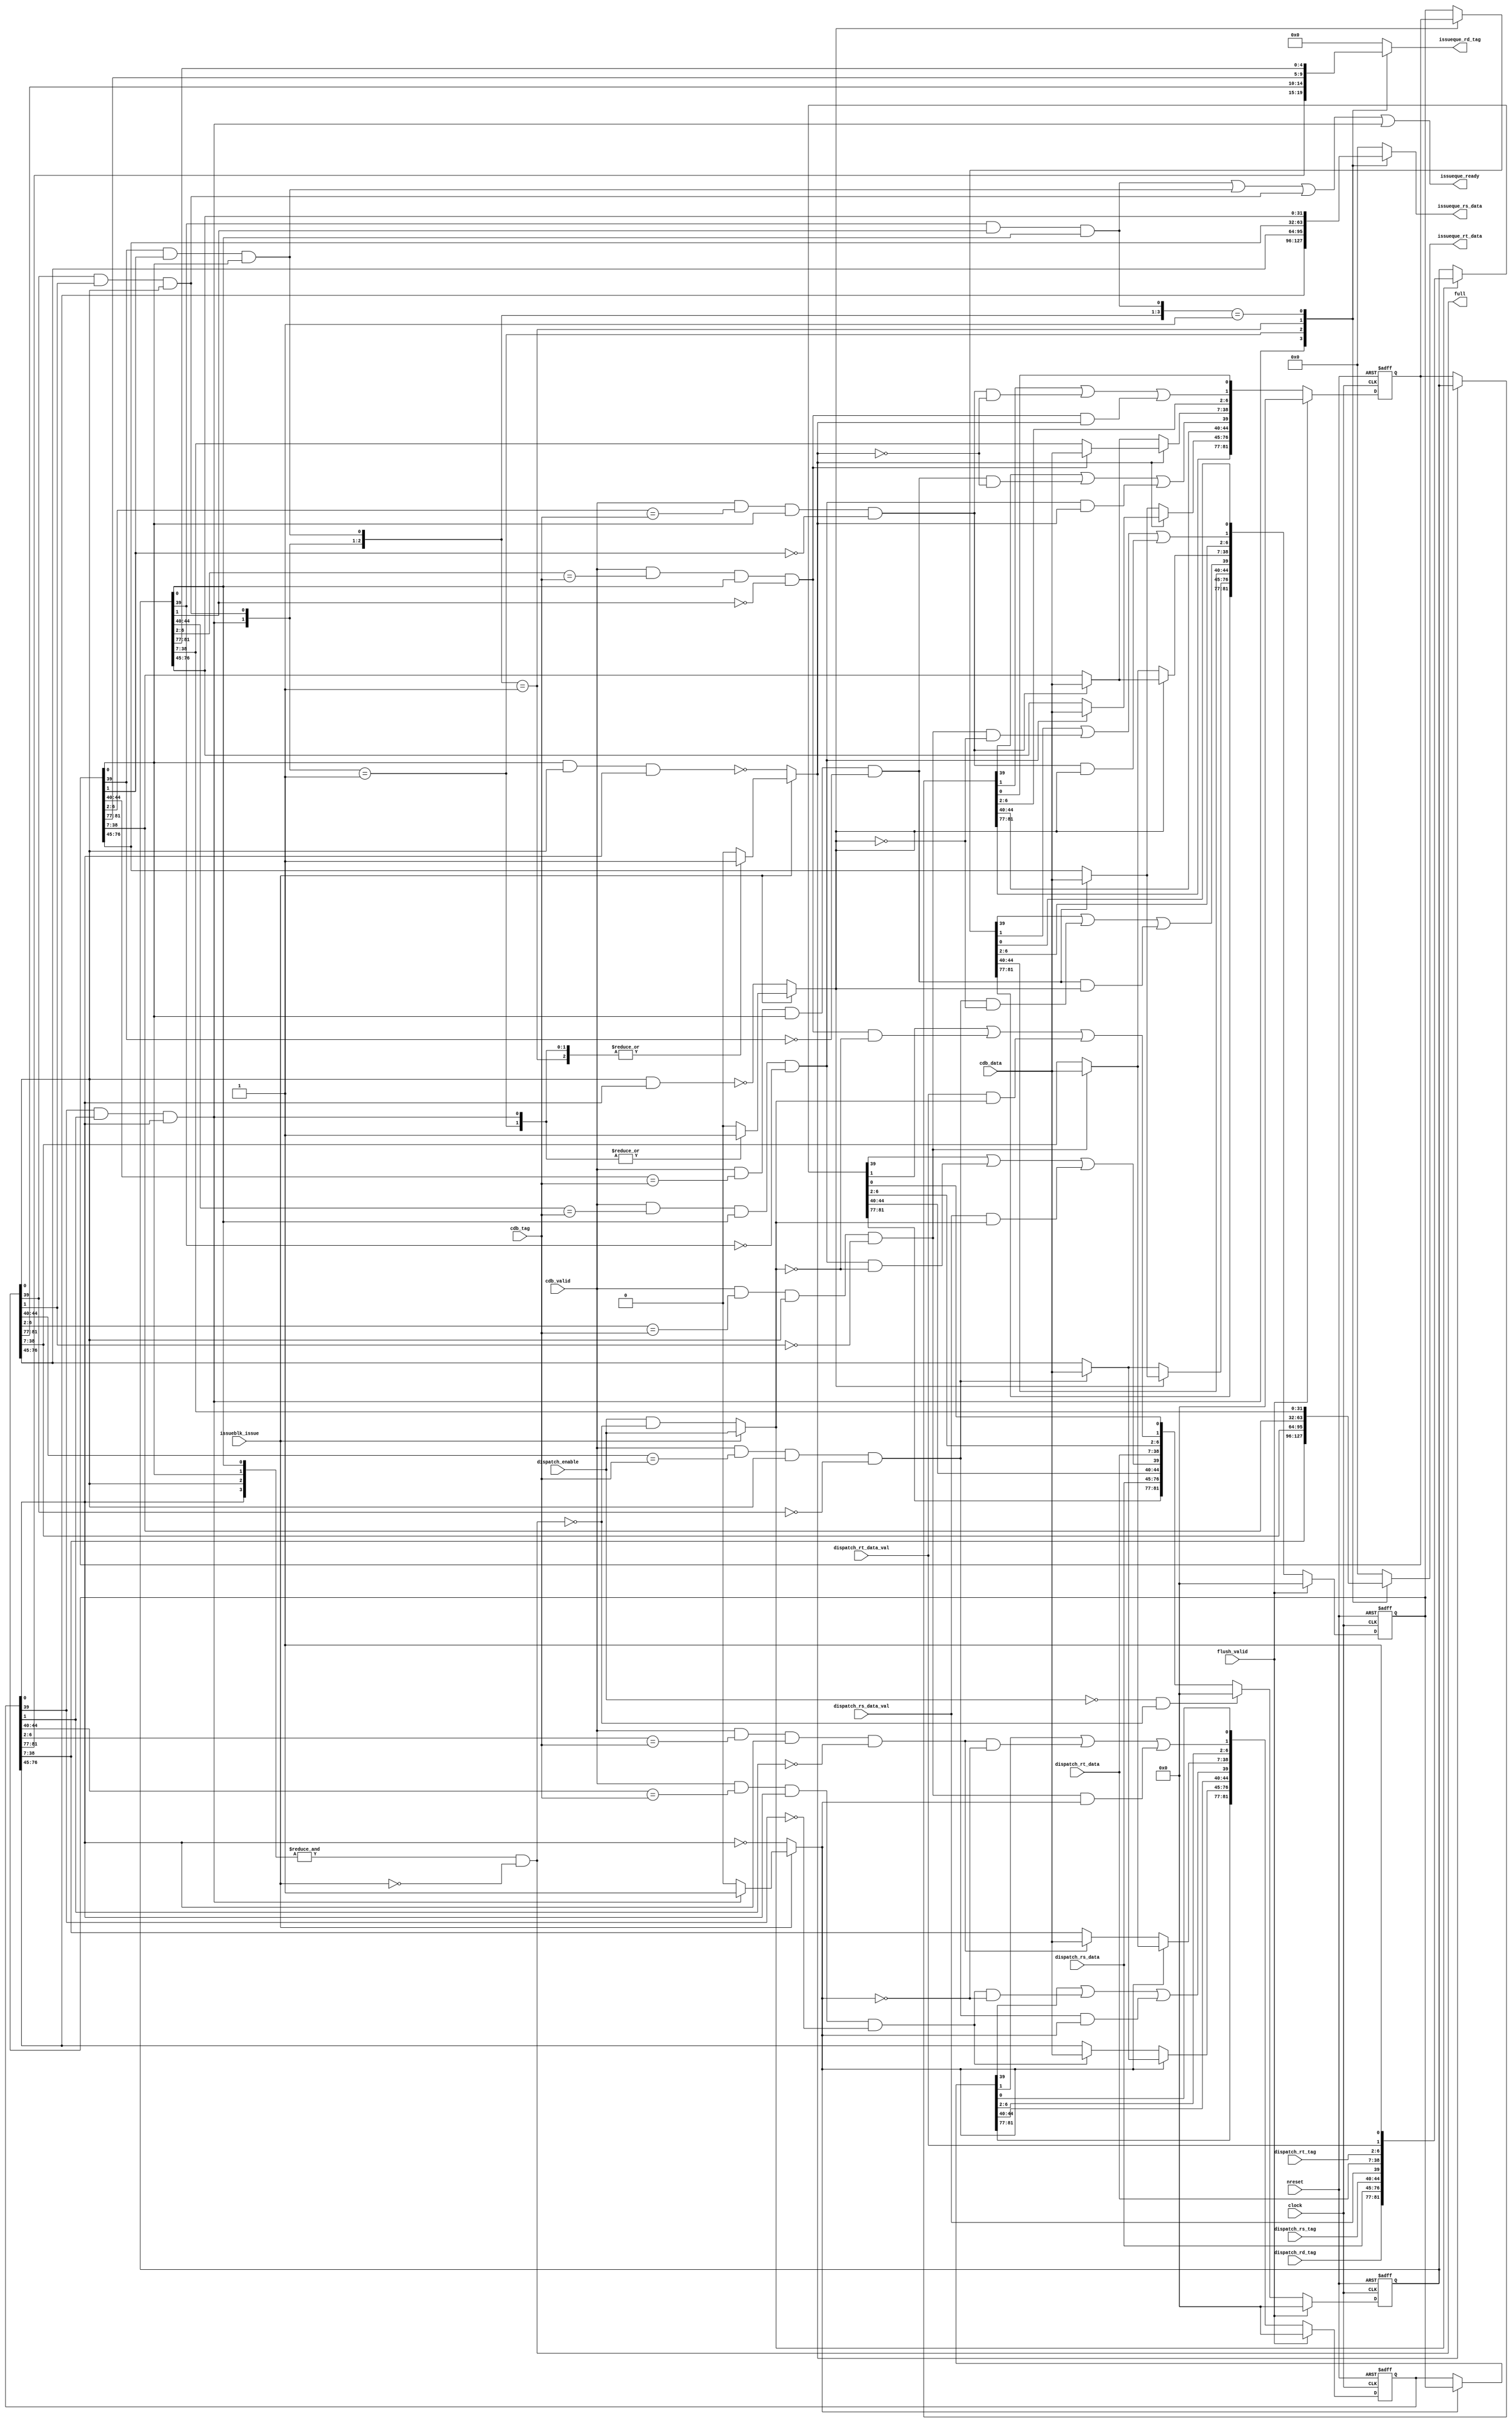
//
//-------------------------------------------------------------------------------------------------
//-------------------------------------------------------------------------------------------------
// modification history
// author          date        description
// ialvarado       2012-03-30  creation
//-------------------------------------------------------------------------------------------------

//-------------------------------------------------------------------------------------------------
//
// MODULE: multiplication_queue
//
//-------------------------------------------------------------------------------------------------
module multiplication_queue (
  clock,
  nreset,
  dispatch_enable,
  dispatch_rd_tag,
  dispatch_rs_data,
  dispatch_rs_tag,
  dispatch_rs_data_val,
  dispatch_rt_data,
  dispatch_rt_tag,
  dispatch_rt_data_val,
  full,
  cdb_valid,
  cdb_tag,
  cdb_data,
  issueblk_issue,
  issueque_ready,
  issueque_rs_data,
  issueque_rt_data,
  issueque_rd_tag,
  flush_valid
);

  //-----------------------------------------------------------------------------------------------
  //
  // Parameters
  //
  //-----------------------------------------------------------------------------------------------

  //-----------------------------------------------------------------------------------------------
  //
  // Interfaces
  //
  //-----------------------------------------------------------------------------------------------
  input clock;
  input nreset;

  //-------------------------------------------------------------------------------------------------
  // Dispatch interface
  //-------------------------------------------------------------------------------------------------
  input             dispatch_enable;
  input      [ 4:0] dispatch_rd_tag;
  input      [31:0] dispatch_rs_data;
  input      [ 4:0] dispatch_rs_tag;
  input             dispatch_rs_data_val;
  input      [31:0] dispatch_rt_data;
  input      [ 4:0] dispatch_rt_tag;
  input             dispatch_rt_data_val;

  output reg        full;

  //-------------------------------------------------------------------------------------------------
  // CDB interface
  //-------------------------------------------------------------------------------------------------
  input             cdb_valid;
  input      [ 4:0] cdb_tag;
  input      [31:0] cdb_data;

  //-------------------------------------------------------------------------------------------------
  // Issue unit interface
  //-------------------------------------------------------------------------------------------------
  input             issueblk_issue;
  output reg        issueque_ready;
  output reg [31:0] issueque_rs_data;
  output reg [31:0] issueque_rt_data;
  output reg [ 4:0] issueque_rd_tag;

  //-------------------------------------------------------------------------------------------------
  // ROB interface
  //-------------------------------------------------------------------------------------------------
  input             flush_valid;

  //-----------------------------------------------------------------------------------------------
  //
  // Internal signals
  //
  //-----------------------------------------------------------------------------------------------
  integer i;
  genvar n;

  //-----------------------------------------------------------------------------------------------
  // Variables
  //-----------------------------------------------------------------------------------------------
  reg [5+32+5+1+32+5+1+1-1:0] shft_regs [0:3];
  reg [5+32+5+1+32+5+1+1-1:0] cmpt_data [0:3];
  reg [5+32+5+1+32+5+1+1-1:0] shft_data [0:3];
  reg [5+32+5+1+32+5+1+1-1:0] shup_data [0:3];
  reg [31:0] updt_rs_data [0:3];
  reg [31:0] updt_rt_data [0:3];

  reg  [ 3:0] ctrl_shf;
  reg  clear_entry;

  wire [ 3:0] rs_match;
  wire [ 3:0] rt_match;
  wire [ 3:0] rs_data_val;
  wire [ 3:0] rt_data_val;
  wire [ 3:0] entry_valid;
  wire [ 3:0] entry_ready;
  wire [ 4:0] rd_tag[3:0];
  wire [31:0] rs_data[3:0];
  wire [31:0] rt_data[3:0];

  //-----------------------------------------------------------------------------------------------
  //
  // Combinational logic
  //
  //-----------------------------------------------------------------------------------------------

  //-----------------------------------------------------------------------------------------------
  // Internal logic
  //-----------------------------------------------------------------------------------------------
  generate
    for(n = 0; n < 4; n = n + 1) begin:MULT
      assign rs_match[n]    = cdb_valid & (shft_regs[n][44:40] == cdb_tag) & shft_regs[n][0] & !shft_regs[n][39];
      assign rt_match[n]    = cdb_valid & (shft_regs[n][ 6: 2] == cdb_tag) & shft_regs[n][0] & !shft_regs[n][ 1];
      assign rs_data_val[n] = shft_regs[n][39];
      assign rt_data_val[n] = shft_regs[n][ 1];
      assign entry_valid[n] = shft_regs[n][ 0];
      assign entry_ready[n] = shft_regs[n][39] & shft_regs[n][ 1] & shft_regs[n][0];
      assign rd_tag[n]      = shft_regs[n][81:77];
      assign rs_data[n]     = shft_regs[n][76:45];
      assign rt_data[n]     = shft_regs[n][38: 7];
    end
  endgenerate

  //-----------------------------------------------------------------------------------------------
  // Continuous output assignments
  //-----------------------------------------------------------------------------------------------
  always @(*) begin
    issueque_ready =
      (entry_ready[0]) |
      (entry_ready[1]) |
      (entry_ready[2]) |
      (entry_ready[3]);

    full = (&entry_valid) & !issueblk_issue;

    casex (entry_ready)
    4'b1xxx: begin
      issueque_rs_data = rs_data[3];
      issueque_rt_data = rt_data[3];
      issueque_rd_tag  = rd_tag [3];
    end
    4'b01xx: begin
      issueque_rs_data = rs_data[2];
      issueque_rt_data = rt_data[2];
      issueque_rd_tag  = rd_tag [2];
    end
    4'b001x: begin
      issueque_rs_data = rs_data[1];
      issueque_rt_data = rt_data[1];
      issueque_rd_tag  = rd_tag [1];
    end
    4'b0001: begin
      issueque_rs_data = rs_data[0];
      issueque_rt_data = rt_data[0];
      issueque_rd_tag  = rd_tag [0];
    end
    default: begin
      issueque_rs_data = 0;
      issueque_rt_data = 0;
      issueque_rd_tag  = 0;
    end
    endcase
  end

  //-----------------------------------------------------------------------------------------------
  // Register value computation
  //-----------------------------------------------------------------------------------------------
  always @(*) begin
    shft_data[3] = ctrl_shf[3] ? shft_regs[2] : shft_regs[3];
    shft_data[2] = ctrl_shf[2] ? shft_regs[1] : shft_regs[2];
    shft_data[1] = ctrl_shf[1] ? shft_regs[0] : shft_regs[1];
    shft_data[0] = ctrl_shf[0] ? {
      dispatch_rd_tag,
      dispatch_rs_data,
      dispatch_rs_tag,
      dispatch_rs_data_val,
      dispatch_rt_data,
      dispatch_rt_tag,
      dispatch_rt_data_val,
      1'b1
    } : shft_regs[0];

    updt_rs_data[3] = ctrl_shf[3] ? (rs_match[2] ? cdb_data : rs_data[2]) : (rs_match[3] ? cdb_data : rs_data[3]);
    updt_rs_data[2] = ctrl_shf[2] ? (rs_match[1] ? cdb_data : rs_data[1]) : (rs_match[2] ? cdb_data : rs_data[2]);
    updt_rs_data[1] = ctrl_shf[1] ? (rs_match[0] ? cdb_data : rs_data[0]) : (rs_match[1] ? cdb_data : rs_data[1]);
    updt_rs_data[0] = dispatch_rs_data;

    updt_rt_data[3] = ctrl_shf[3] ? (rt_match[2] ? cdb_data : rt_data[2]) : (rt_match[3] ? cdb_data : rt_data[3]);
    updt_rt_data[2] = ctrl_shf[2] ? (rt_match[1] ? cdb_data : rt_data[1]) : (rt_match[2] ? cdb_data : rt_data[2]);
    updt_rt_data[1] = ctrl_shf[1] ? (rt_match[0] ? cdb_data : rt_data[0]) : (rt_match[1] ? cdb_data : rt_data[1]);
    updt_rt_data[0] = dispatch_rt_data;

    shup_data[3] = {shft_data[3][81:77],
      updt_rs_data[3], shft_data[3][44:40], shft_data[3][39] | (rs_match[3] & ~ctrl_shf[3]) | (rs_match[2] & ctrl_shf[3]),
      updt_rt_data[3], shft_data[3][ 6: 2], shft_data[3][ 1] | (rt_match[3] & ~ctrl_shf[3]) | (rt_match[2] & ctrl_shf[3]),
      shft_data[3][0]};                    
    shup_data[2] = {shft_data[2][81:77],   
      updt_rs_data[2], shft_data[2][44:40], shft_data[2][39] | (rs_match[2] & ~ctrl_shf[2]) | (rs_match[1] & ctrl_shf[2]),
      updt_rt_data[2], shft_data[2][ 6: 2], shft_data[2][ 1] | (rt_match[2] & ~ctrl_shf[2]) | (rt_match[1] & ctrl_shf[2]),
      shft_data[2][0]};                    
    shup_data[1] = {shft_data[1][81:77],   
      updt_rs_data[1], shft_data[1][44:40], shft_data[1][39] | (rs_match[1] & ~ctrl_shf[1]) | (rs_match[0] & ctrl_shf[1]),
      updt_rt_data[1], shft_data[1][ 6: 2], shft_data[1][ 1] | (rt_match[1] & ~ctrl_shf[1]) | (rt_match[0] & ctrl_shf[1]),
      shft_data[1][0]};                    
    shup_data[0] = {shft_data[0][81:77],   
      updt_rs_data[0], shft_data[0][44:40], shft_data[0][39] | (rs_match[0] & ~ctrl_shf[0]) | (dispatch_rs_data_val & ctrl_shf[0]),
      updt_rt_data[0], shft_data[0][ 6: 2], shft_data[0][ 1] | (rt_match[0] & ~ctrl_shf[0]) | (dispatch_rt_data_val & ctrl_shf[0]),
      shft_data[0][0]};

    cmpt_data[0] = clear_entry ? 0 : shup_data[0];
    cmpt_data[1] = shup_data[1];
    cmpt_data[2] = shup_data[2];
    cmpt_data[3] = shup_data[3];
  end

  //-----------------------------------------------------------------------------------------------
  // Determine shift control signals
  //-----------------------------------------------------------------------------------------------
  always @(*) begin
    clear_entry = !dispatch_enable && !full;
    if(issueblk_issue) begin
      ctrl_shf[0] = dispatch_enable;
      casex (entry_ready)
      4'b1xxx: begin
        ctrl_shf[1] = 1;
        ctrl_shf[2] = 1;
        ctrl_shf[3] = 1;
      end
      4'b01xx: begin
        ctrl_shf[1] = 1;
        ctrl_shf[2] = 1;
        ctrl_shf[3] = 0;
      end
      4'b001x: begin
        ctrl_shf[1] = 1;
        ctrl_shf[2] = 0;
        ctrl_shf[3] = 0;
      end
      4'b0001: begin
        ctrl_shf[1] = 0;
        ctrl_shf[2] = 0;
        ctrl_shf[3] = 0;
      end
      default: begin
        ctrl_shf[1] = 0;
        ctrl_shf[2] = 0;
        ctrl_shf[3] = 0;
      end
      endcase
    end
    else begin
      ctrl_shf[0] = dispatch_enable && !full;
      ctrl_shf[1] = !(shft_regs[1][0] & shft_regs[2][0] & shft_regs[3][0]);
      ctrl_shf[2] = !(shft_regs[2][0] & shft_regs[3][0]);
      ctrl_shf[3] = !(shft_regs[3][0]);
    end
  end

  //-----------------------------------------------------------------------------------------------
  //
  // Registers
  //
  //-----------------------------------------------------------------------------------------------
  always @(posedge clock, negedge nreset) begin
    if(!nreset) begin
      for(i = 0; i < 4; i = i + 1) begin
        shft_regs[i] <= 0;
      end
    end
    else if(flush_valid) begin
      for(i = 0; i < 4; i = i + 1) begin
        shft_regs[i] <= 0;
      end
    end
    else begin
      shft_regs[0] <= cmpt_data[0];
      shft_regs[1] <= cmpt_data[1];
      shft_regs[2] <= cmpt_data[2];
      shft_regs[3] <= cmpt_data[3];
    end
  end

endmodule